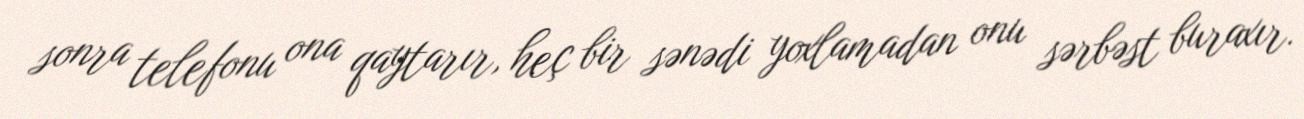
sonra telefonu ona qaytarır, heç bir sənədi yoxlamadan onu sərbəst buraxır.